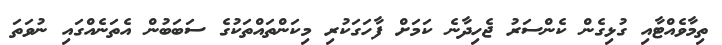
ތިމާވެއްޓާއި ގުޅިގެން ކެންސަރު ޖެހިދާނެ ކަމަށް ފާހަގަކުރި މިކަންތައްތަކުގެ ސަބަބުން އެތަނެއްގައި ނުވަތަ